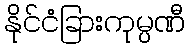
နိုင်ငံခြားကုမ္ပဏီ